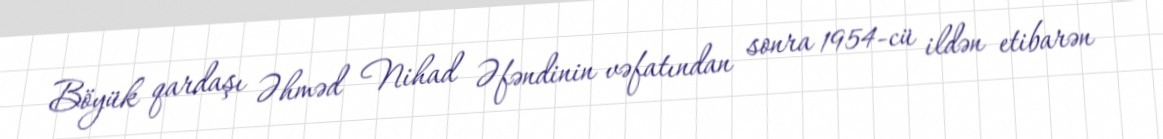
Böyük qardaşı Əhməd Nihad Əfəndinin vəfatından sonra 1954-cü ildən etibarən